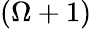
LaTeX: (\Omega+1)